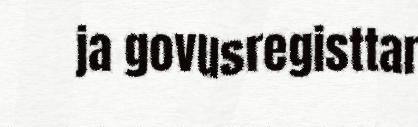
ja govusregisttar